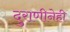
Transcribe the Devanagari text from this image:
दुराणीनेही